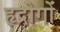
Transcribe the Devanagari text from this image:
हृद्रोगों